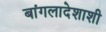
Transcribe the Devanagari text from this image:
बांगलादेशाशी